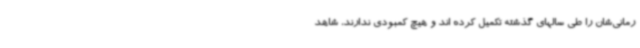
رمانی‌شان را طی سالهای گذشته تکمیل کرده اند و هیچ کمبودی ندارند، شاهد